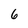
Character: 6